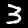
Label: 3